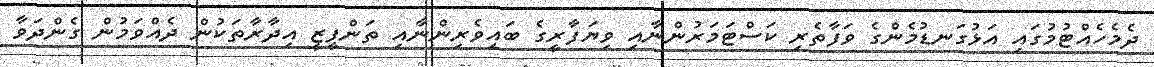
ދެމެހެއްޓުމުގައި އަޅުގަނޑުމެންގެ ވަފާތެރި ކަސްޓަމަރުންނާއި ވިޔަފާރީގެ ބައިވެރިންނާއި ތަންފީޒީ އިދާރާތަކުން ދެއްވަމުން ގެންދަވާ